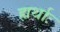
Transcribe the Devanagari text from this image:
ह्यर्थाः